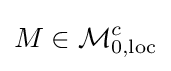
M\in {\mathcal {M}}_{0,\operatorname {loc} }^{c}